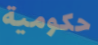
حكومية